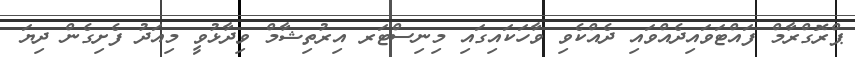
ޕްރޮގްރާމް ފައްޓަވައިދެއްވައި ދެއްކެވި ވާހަކައިގައި މިނިސްޓަރ އިރުތިޝާމް ވިދާޅުވީ މިއަދު ފެށިގެން ދިޔަ